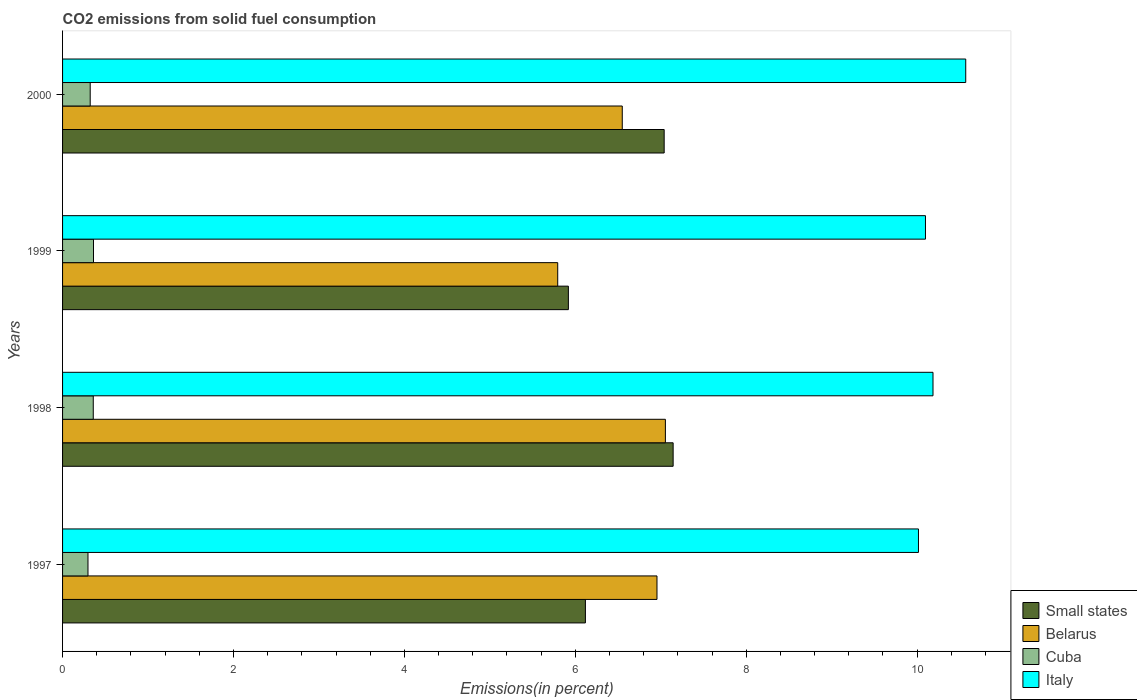
| Years | Small states | Belarus | Cuba | Italy |
 | --- | --- | --- | --- | --- |
 | 1997 | 6.12 | 6.96 | 0.298 | 10 |
 | 1998 | 7.14 | 7.05 | 0.359 | 10.2 |
 | 1999 | 5.92 | 5.79 | 0.362 | 10.1 |
 | 2000 | 7.04 | 6.55 | 0.323 | 10.6 |